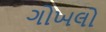
ગોખલો